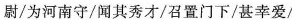
尉/为河南守/闻其秀才/召置门下/甚幸爱